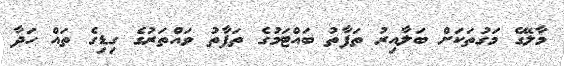
މާލޭގެ މަގުތަކަށް ބަލާއިރު ތަފާތު ބައްޓަމުގެ ތަފާތު ވައްތަރުގެ ގިޑިގެ ތައް ހަދާ